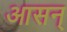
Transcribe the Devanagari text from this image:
आसन्